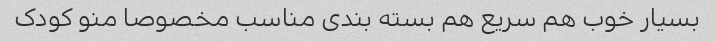
بسیار خوب هم سریع هم بسته بندی مناسب مخصوصا منو کودک